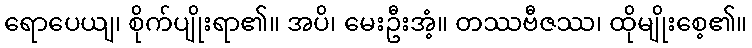
ရောပေယျ၊ စိုက်ပျိုးရာ၏။ အပိ၊ မေးဦးအံ့။ တဿဗီဇဿ၊ ထိုမျိုးစေ့၏။